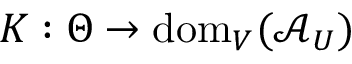
K : \Theta \to \mathrm { d o m } _ { V } ( \mathcal { A } _ { U } )